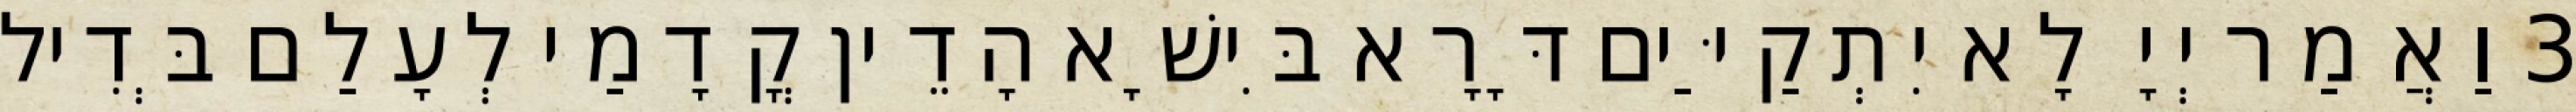
3 וַאֲמַר יְיָ לָא יִתְקַיַּים דָּרָא בִּישָׁא הָדֵין קֳדָמַי לְעָלַם בְּדִיל